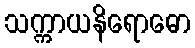
သက္ကာယနိရောဓော